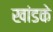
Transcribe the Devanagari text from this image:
खांडके